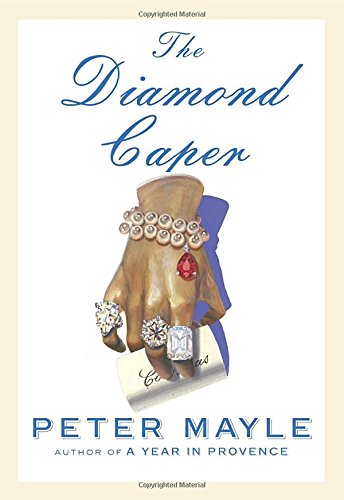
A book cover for The Diamond Caper; Peter Mayle; Mystery, Thriller & Suspense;